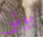
بونو